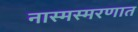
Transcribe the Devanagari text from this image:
नास्मस्मरणात